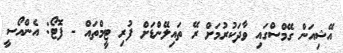
އޭޝިއަން ގޭމްސްގައި ވާދަކުރުމަށް ރޭ ތައިލޭންޑަށް ފުރި ޓީމްތައް - ފޮޓޯ: އެންއޯސީ